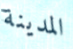
المدينة